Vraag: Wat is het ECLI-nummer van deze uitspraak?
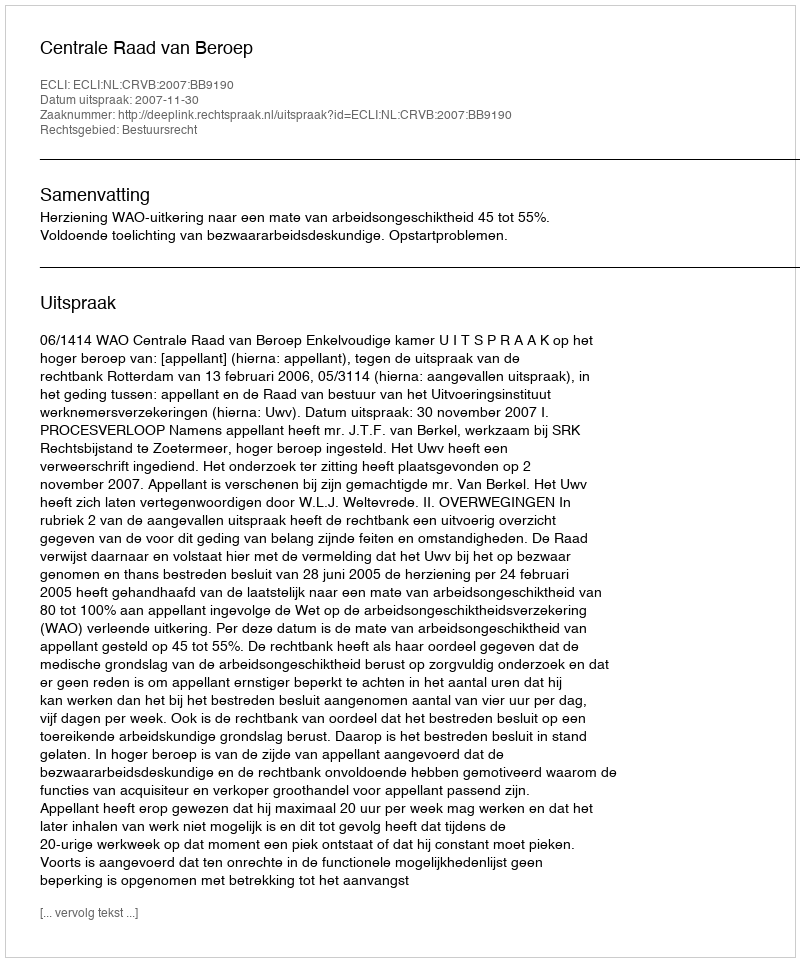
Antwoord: ECLI:NL:CRVB:2007:BB9190